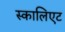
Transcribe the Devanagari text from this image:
स्कालिएट